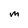
Character: m